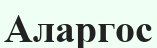
Аларгос